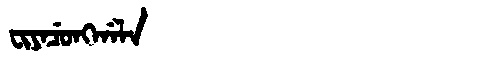
Manchu: ᠸᡳᠶᠠᠴᡠᠩᡤᠠᠯᠠ
Romanization: FIYACUNGGALA